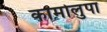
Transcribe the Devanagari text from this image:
कामोलुपा